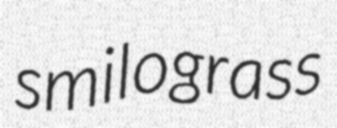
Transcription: smilograss